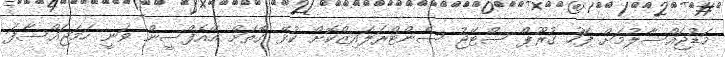
މަޑުޖައްސާލުމަށް ފަހު ގުރޫޕް ސްޓޭޖު ސެންޓްރަލައިޒްކޮށް ކުޅޭ ގޮތަށް އޭއެފްސީން ވަނީ ހަމަޖައްސާފަ